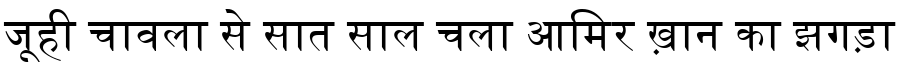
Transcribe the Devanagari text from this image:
जूही चावला से सात साल चला आमिर ख़ान का झगड़ा